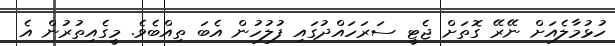
ހުޅުމާލެއަށް ނޭރޭ ގޮތަށް ޖެޓީ ސަރަހައްދުގައި ފުލުހުން އެބަ ތިއްބެވެ. މީގެއިތުރުން އެ